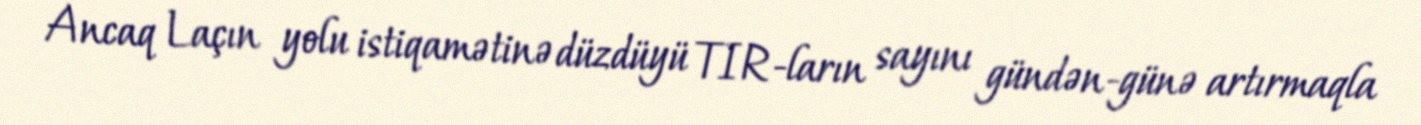
Ancaq Laçın yolu istiqamətinə düzdüyü TIR-ların sayını gündən-günə artırmaqla